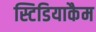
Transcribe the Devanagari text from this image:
स्टिडियाकैम